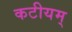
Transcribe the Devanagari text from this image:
कटीयम्